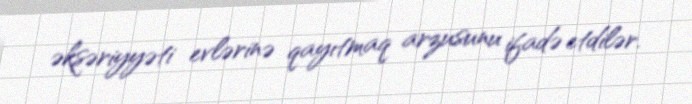
əksəriyyəti evlərinə qayıtmaq arzusunu ifadə etdilər.